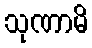
သုဏာမိ